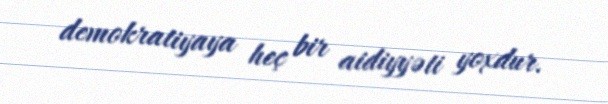
demokratiyaya heç bir aidiyyəti yoxdur.